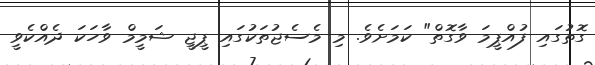
ގޮތުގައި ފުއްޕީމަ ވާގޮތް" ކަމަށެވެ. މި މެސެޖުތަކުގައި ޕީޖީ ޝަމީމް ވާހަކަ ދެއްކެވީ